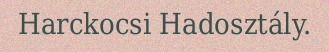
Harckocsi Hadosztály.